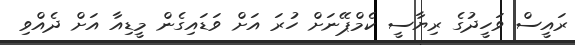
ރައީސް ވަހީދުގެ ރިޔާސީ ކެމްޕޭނަށް ހުރަ އަށް ވަޑައިގެން މީޑިއާ އަށް ދެއްވި